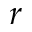
r